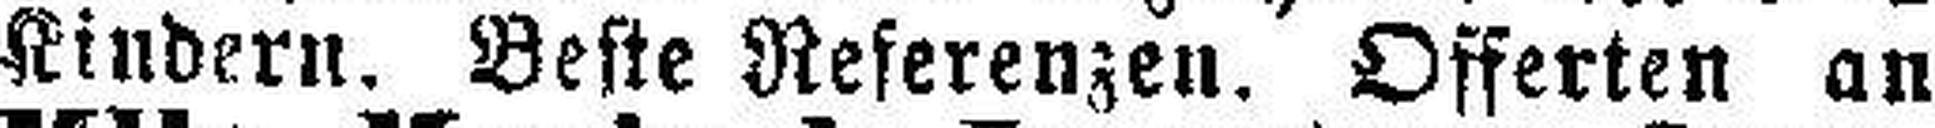
Kindern. Beste Referenzen. Offerten an